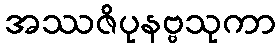
အဿဇိပုနဗ္ဗသုကာ